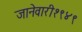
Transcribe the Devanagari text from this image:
जानेवारी१९४९